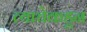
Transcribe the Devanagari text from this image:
त्याचेकडून